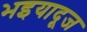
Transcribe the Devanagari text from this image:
भइयादूज